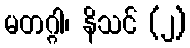
မတဂ္ဂါ၊ နိသင် (၂)